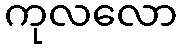
ကုလလော